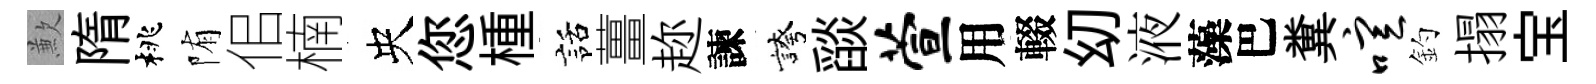
歉隋桃陏佀楠央您㮔話薑趂諫誇𦦨萱用輟㓜液藻巴糞喧釣搨宝